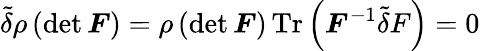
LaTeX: \tilde{\delta}\rho\, (\mathrm{det\, }\boldsymbol F)=\rho\, (\mathrm{det\, }\boldsymbol F)\, \mathrm{Tr}\left(\boldsymbol F^{-1}\tilde{\delta}F\right)=0